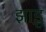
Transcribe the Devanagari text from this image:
झाडू़